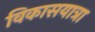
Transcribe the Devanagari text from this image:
विकासयात्रा